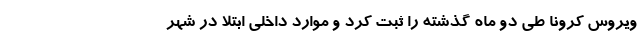
ویروس کرونا طی دو ماه گذشته را ثبت کرد و موارد داخلی ابتلا در شهر